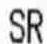
SR